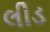
લીડ